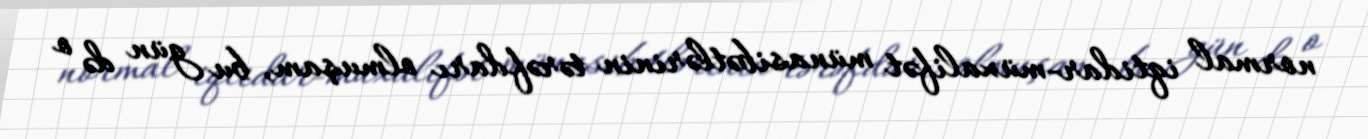
normal iqtidar-müxalifət münasibətlərinin tərəfdarı olmuşam, bu gün də o